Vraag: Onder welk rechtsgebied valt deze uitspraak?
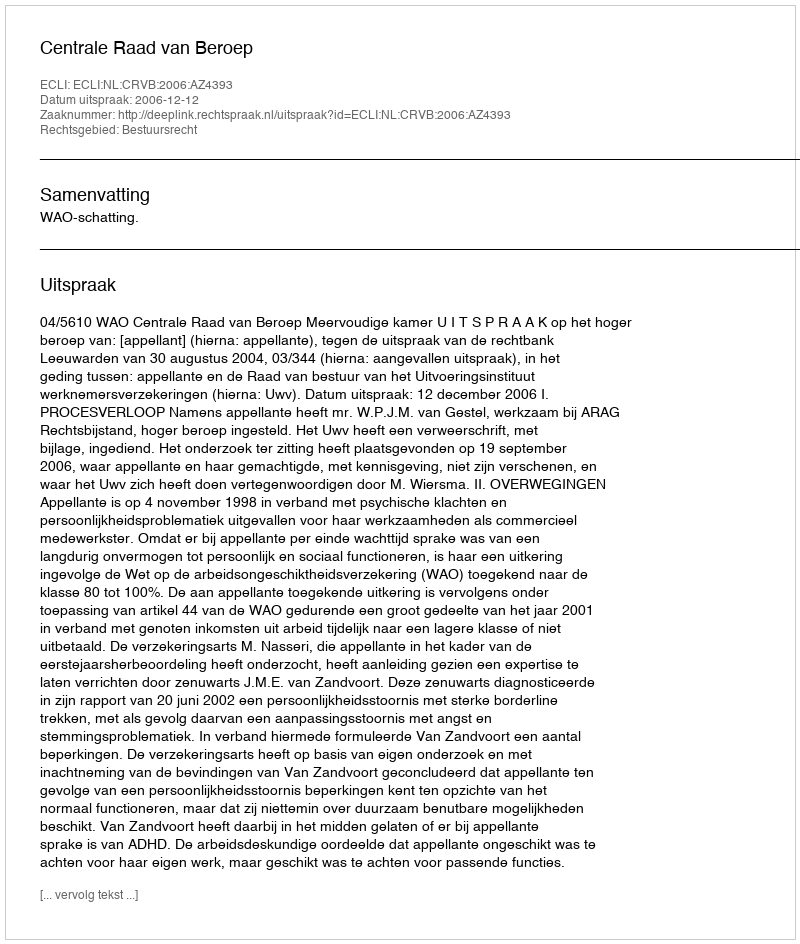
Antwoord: Bestuursrecht